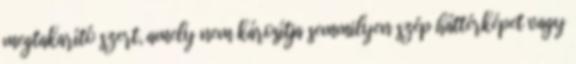
megtakarító szert, amely nem károsítja semmilyen szép háttérképet vagy